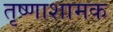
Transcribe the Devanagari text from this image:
तृष्णाशामक